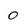
Character: 0